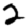
Digit: 2